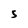
Character: S